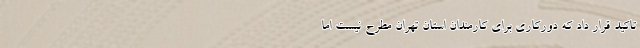
تاکید قرار داد که دورکاری برای کارمندان استان تهران مطرح نیست اما